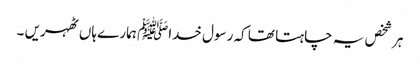
ہر شخص یہ چاہتا تھا کہ رسول خداﷺ ہمارے ہاں ٹھہریں ۔